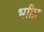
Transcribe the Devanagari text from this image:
भाीघ्र